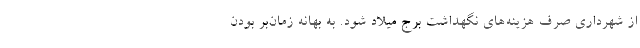
از شهرداری صرف هزینه‌های نگهداشت برج میلاد شود. به بهانه زمان‌بر بودن